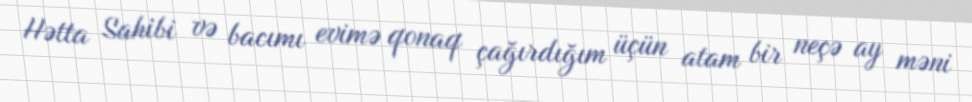
Hətta Sahibi və bacımı evimə qonaq çağırdığım üçün atam bir neçə ay məni